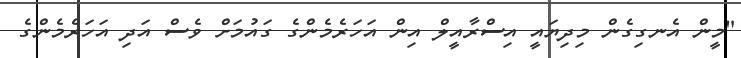
"މީން އެނގިގެން މިދިޔައީ އިސްރާއީލް އިން އަހަރެމެންގެ ގައުމަށް ވެސް އަދި އަހަރެމެންގެ